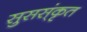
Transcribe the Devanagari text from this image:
सुसस्ंकृत